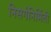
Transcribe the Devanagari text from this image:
निसर्गनिर्मिती